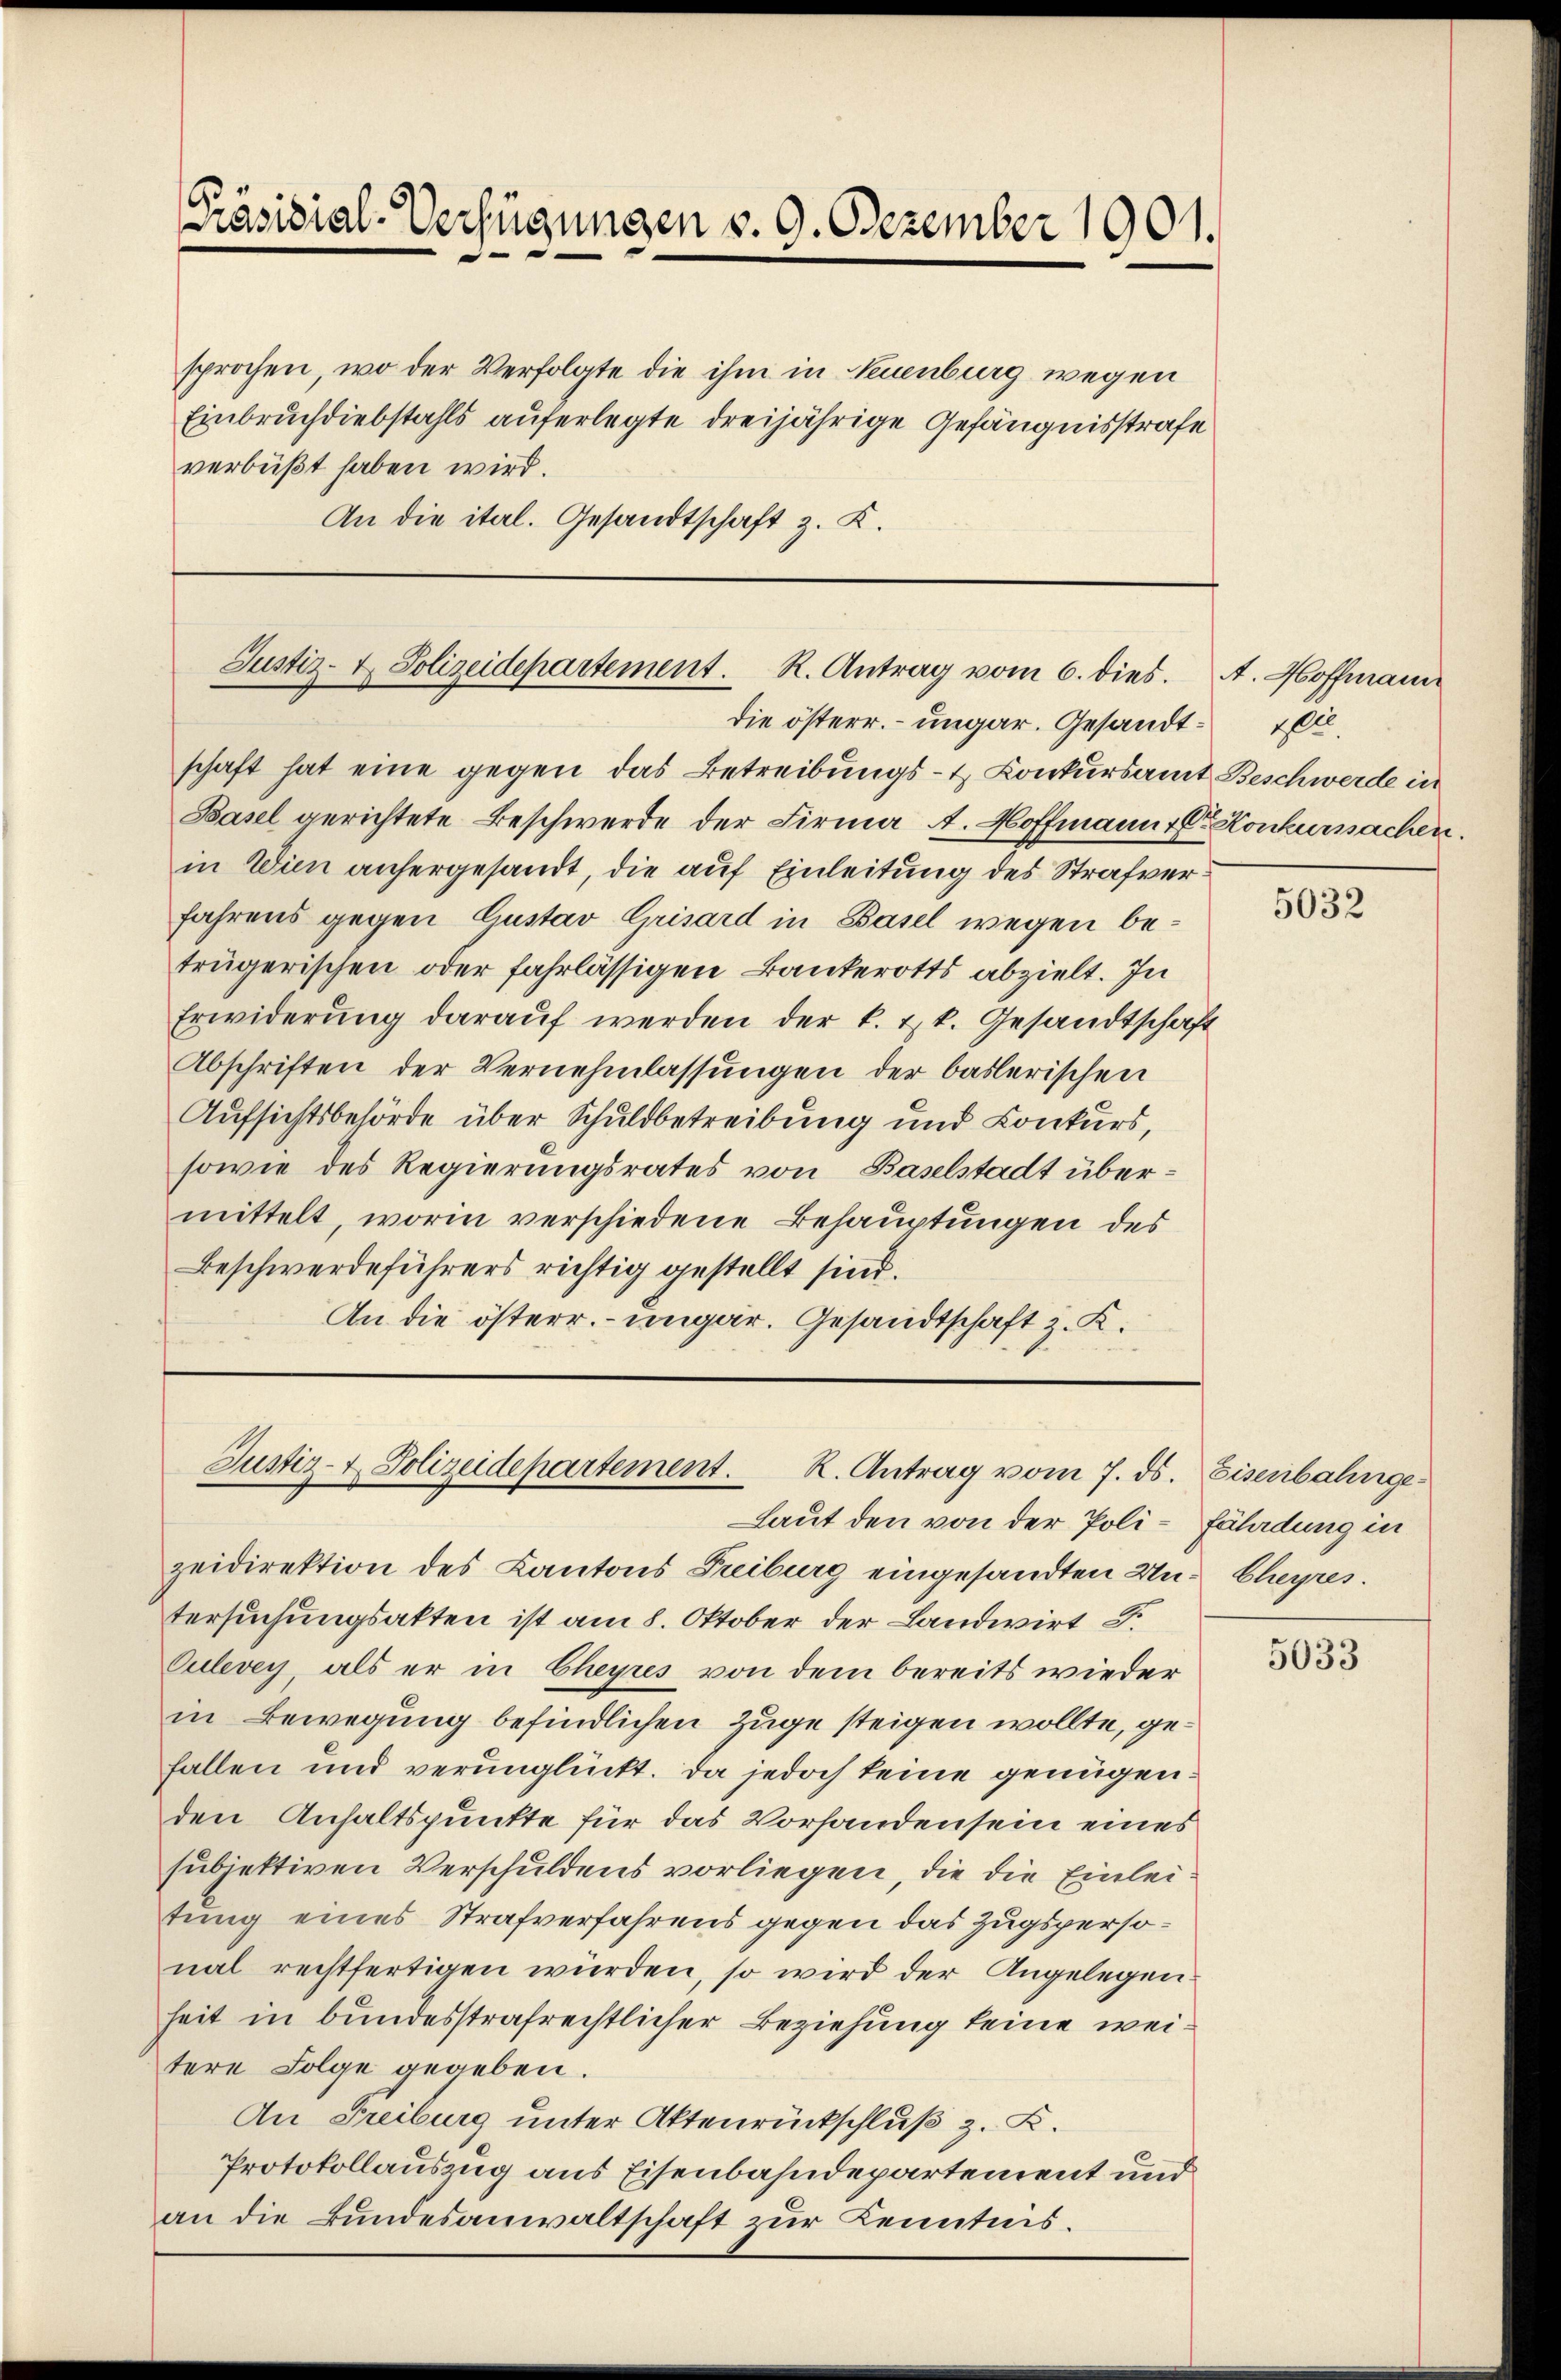
Präsidial-Verfügungen v. 9. Dezember 1901.

sprochen, wo der Verfolgte die ihm in Neuenburg wegen
Einbruchdiebstahls auferlegte dreijährige Gefängnisstrafe
verbüßt haben wird.
An die ital. Gesandtschaft z. K.

Justiz- & Polizeidepartement. R. Antrag vom 6. dies.

die österr. ungar. Gesandt¬

schaft hat eine gegen das Betreibungs- & Konkursamt Beschwerde in
Basel gerichtete Beschwerde der Firma A. Hoffmann v. Et Konkurssachen.
in Wien anhergesandt, die auf Einleitung des Strafverfahrens gegen Gustav Grisard in Basel wegen beträgerischen oder fahrlässigen Bankerotts abzielt. In
Erwiderŭng daraŭf werden der k. k. Gesandtschaft
Abschriften der Vernehmlassungen der baslerischen
Aufsichtsbehörde über Schuldbetreibung und Conkurs,
sowie des Regierungsrates von Baselstadt übermittelt, worin verschiedene Behauptungen des
Beschwerdeführers richtig gestellt sind.
An die österr. ungar. Gesandtschaft z. K.

Justiz- & Polizeidepartement. R. Antrag vom 7. ds.

zeidirektion des Kantons Freiburg eingesandten Un-Cheyres.
tersuchungsakten ist am 8. Oktober der Landwirt S.
Culevey, als er in Cheyres von dem bereits wieder
in Bewegung befindlichen Zuge steigen wollte, gefallen und verunglückt. Da jedoch keine genügenden Anhaltspunkte für das Vorhanden sein eines
subjektiven Verschuldens vorliegen, die die Einleitung eines Strafverfahrens gegen das Zugspersonal rechtfertigen würden, so wird der Angelegenheit in bundesstrafrechtlicher Beziehung keine weitere Folge gegeben.
An Freiburg unter Aktenrückschluß z. B.
Protokollauszug aus Eisenbahndepartement und
an die Bundesanwaltschaft zur Kenntnis.

Laut den von der Poli-Fährdung in

A. Hoffmann
gle

5032

Eisenbahnge¬

5033